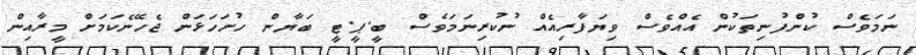
ނަމަވެސް ކުންފުނިތަކުން އެއްވެސް ވިޔަފާރިއެއް ނުކުރިނަމަވެސް ބީ.ޕީ.ޓީ ބަޔާން ހުށަހަޅަން ޖެހޭނެކަމަށް މީރާއިން